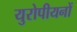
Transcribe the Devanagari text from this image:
युरोपीयनों